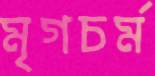
মৃগচর্ম